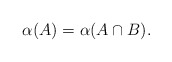
\begin{align*} \alpha (A)=\alpha (A\cap B).\end{align*}